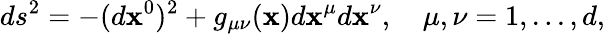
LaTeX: ds^{2}=-(d\mathbf{x}^{0})^{2}+g_{\mu\nu}(\mathbf{x})d\mathbf{x}^{\mu}d\mathbf{x}^{\nu},\quad\mu,\nu=1,...,d,